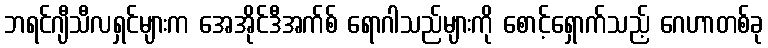
ဘရင်ဂျီသီလရှင်များက အေအိုင်ဒီအက်စ် ရောဂါသည်များကို စောင့်ရှောက်သည့် ဂေဟာတစ်ခု